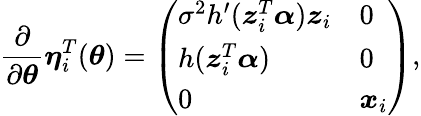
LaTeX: \frac{\partial}{\partial\boldsymbol{\theta}}\boldsymbol{\eta}_{i}^{T}(\boldsymbol{\theta})=\left(\begin{array}{ll}{\sigma^{2}h^{\prime}(\boldsymbol{z}_{i}^{T}\boldsymbol{\alpha})\boldsymbol{z}_{i}}&{0}\\ {h(\boldsymbol{z}_{i}^{T}\boldsymbol{\alpha})}&{0}\\ {0}&{\boldsymbol{x}_{i}}\end{array}\right),